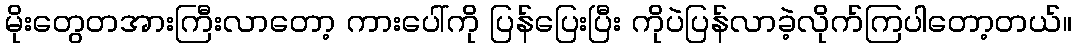
မိုးတွေတအားကြီးလာတော့ ကားပေါ်ကို ပြန်ပြေးပြီး ကိုပဲပြန်လာခဲ့လိုက်ကြပါတော့တယ်။